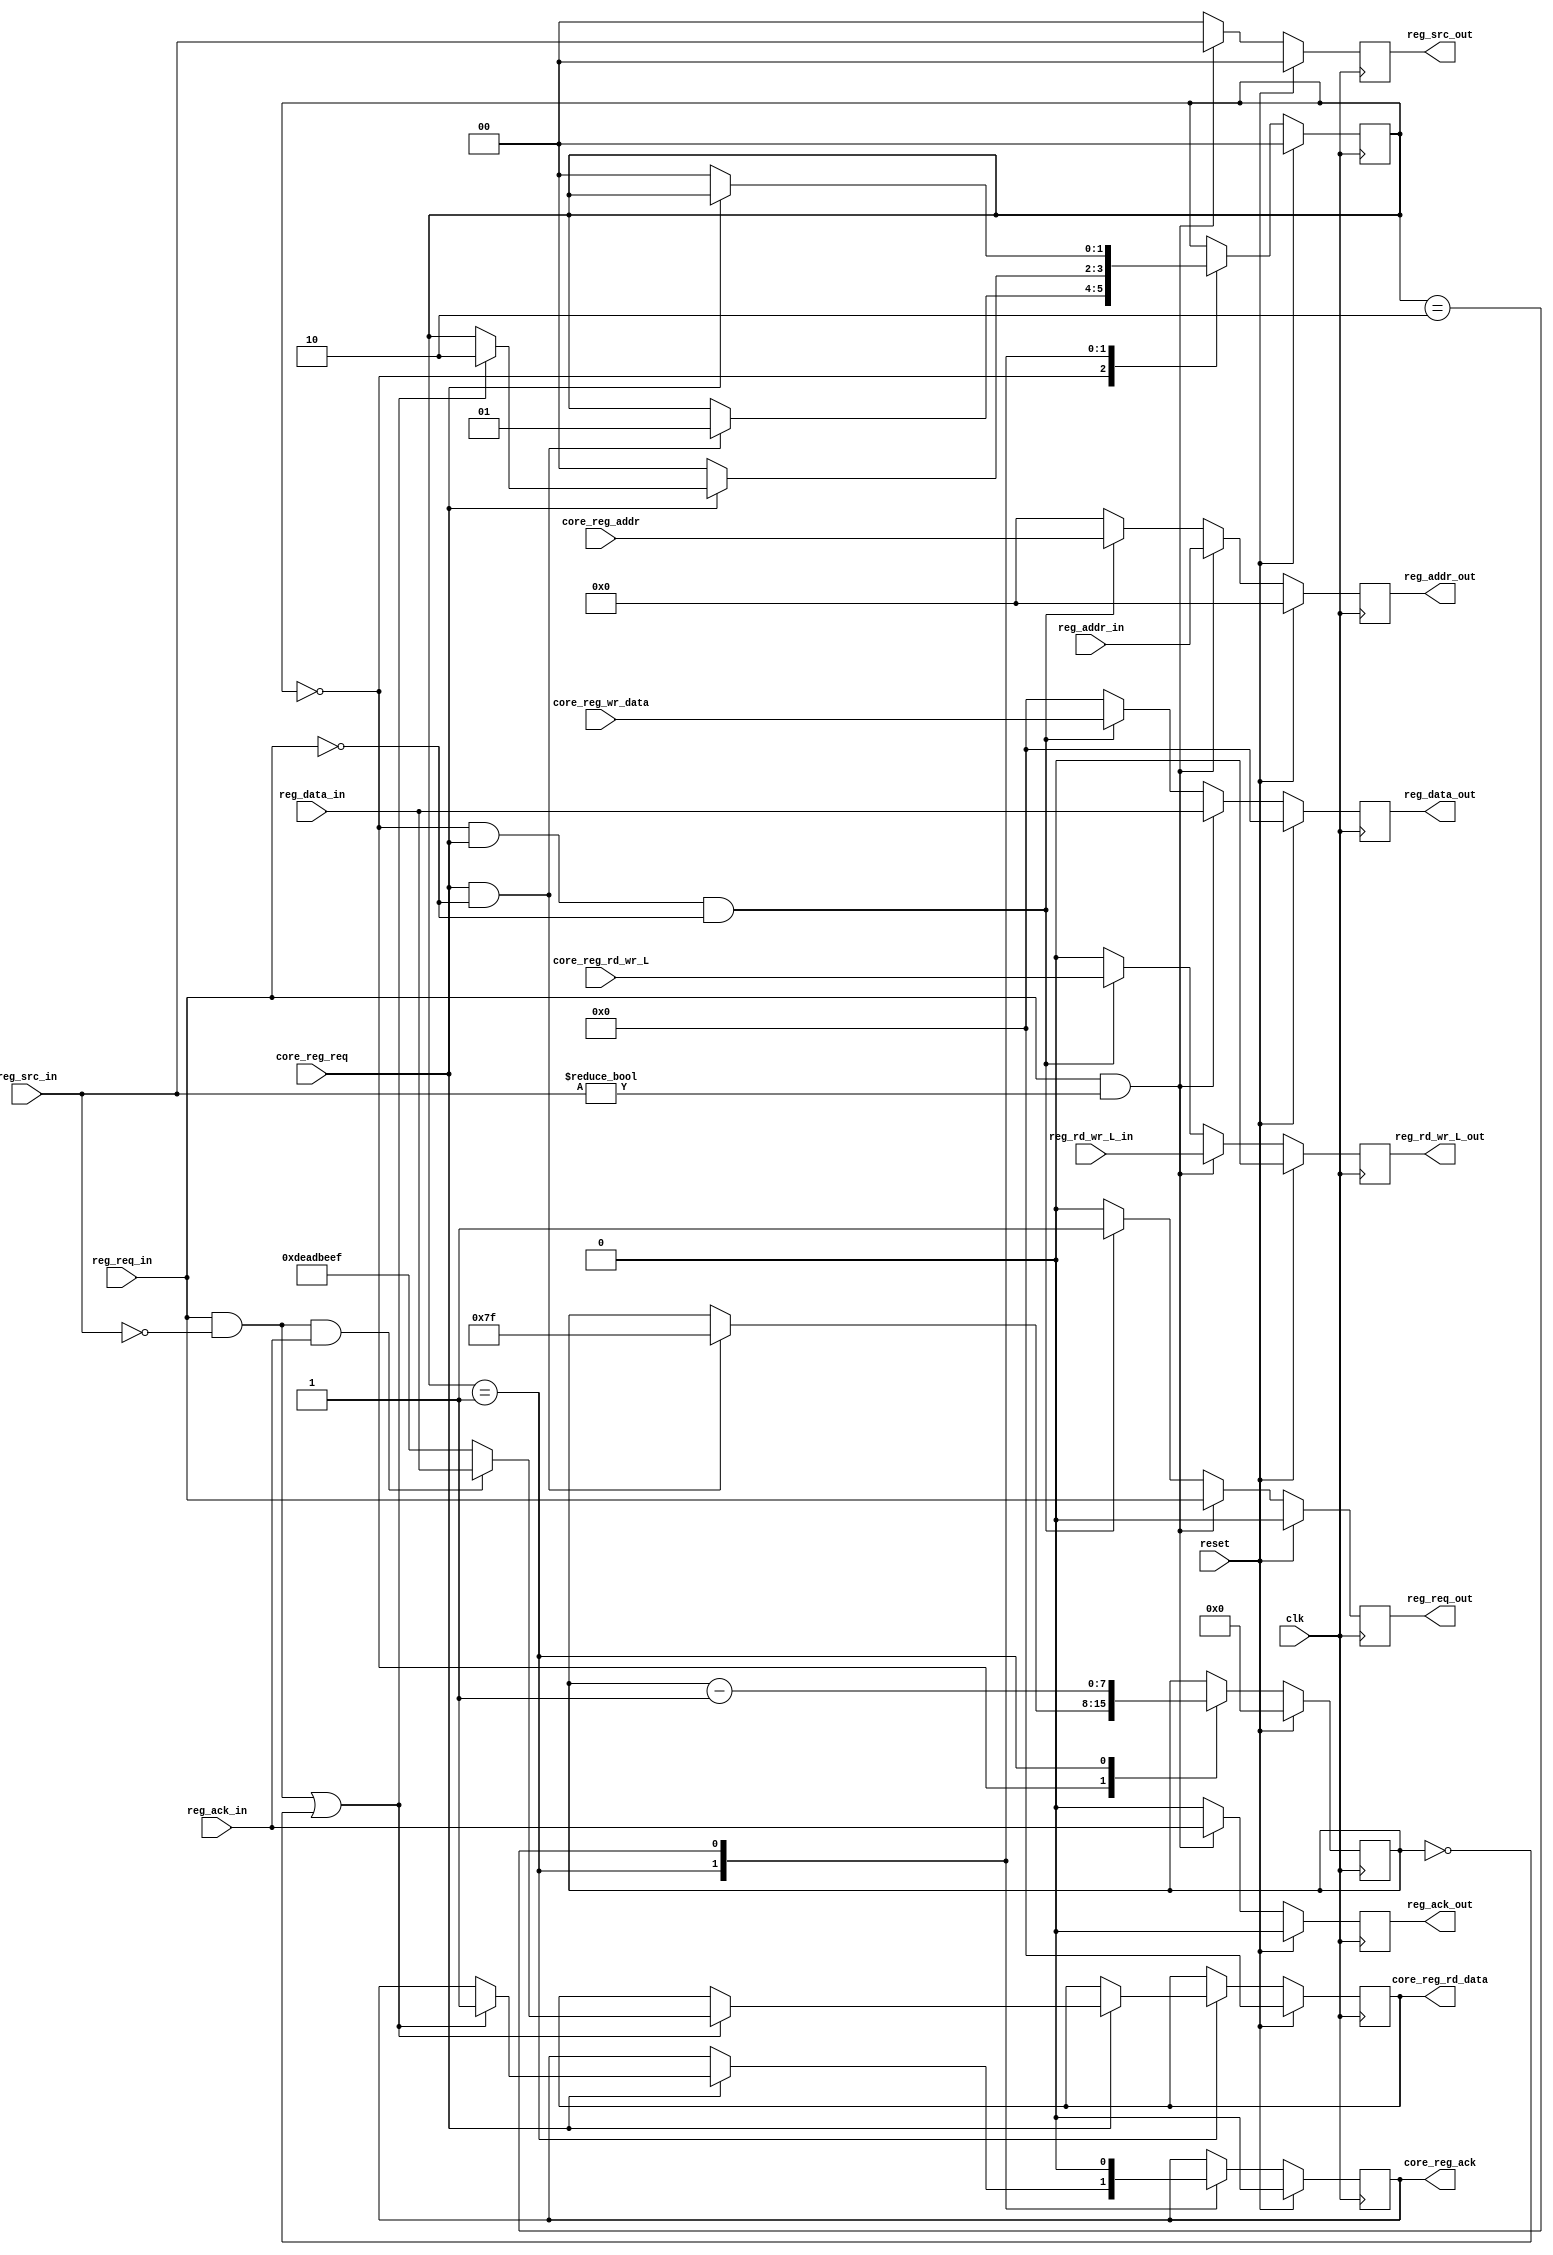
/*******************************************************************************
 *
 *  NetFPGA-10G http://www.netfpga.org
 *
 *  File:
 *        udp_reg_master.v
 *
 *  Library:
 *        contrib/pisa/pcores/nf10_axilite_rbs_bridge_v1_00_a
 *
 *  Module:
 *        udp_reg_master
 *
 *  Author:
 *        Glen Gibb
 *
 *  Description:
 *        AXI - Register Bus (NetFPGA 1G reference pipeline) conversion library.
 *
 *  Note:
 *        Set TIMEOUT_RESULT to specify the return value on timeout.
 *        This can be used to identify broken rings.
 *
 *  Result: ack_in -> data_in
 *          timeout -> TIMEOUT_RESULT
 *          loop complete && !ack_in -> deadbee
 *
 *  Copyright notice:
 *        Copyright (C) 2010, 2011 The Board of Trustees of The Leland Stanford
 *                                 Junior University
 *
 *  Licence:
 *        This file is part of the NetFPGA 10G development base package.
 *
 *        This file is free code: you can redistribute it and/or modify it under
 *        the terms of the GNU Lesser General Public License version 2.1 as
 *        published by the Free Software Foundation.
 *
 *        This package is distributed in the hope that it will be useful, but
 *        WITHOUT ANY WARRANTY; without even the implied warranty of
 *        MERCHANTABILITY or FITNESS FOR A PARTICULAR PURPOSE.  See the GNU
 *        Lesser General Public License for more details.
 *
 *        You should have received a copy of the GNU Lesser General Public
 *        License along with the NetFPGA source package.  If not, see
 *        http://www.gnu.org/licenses/.
 *
 */




///////////////////////////////////////////////////////////////////////////////
// vim:set shiftwidth=3 softtabstop=3 expandtab:
// $Id: udp_reg_master.v 1965 2007-07-18 01:24:21Z grg $
//
// Module: udp_reg_master.v
// Project: NetFPGA
// Description: User data path register master
//
// Note: Set TIMEOUT_RESULT to specify the return value on timeout.
// This can be used to identify broken rings.
//
// Result: ack_in -> data_in
//         timeout -> TIMEOUT_RESULT
//         loop complete && !ack_in -> deadbeef
//
///////////////////////////////////////////////////////////////////////////////

module udp_reg_master
   #(
      parameter SRC_ADDR = 0,
      parameter TIMEOUT = 127,
      parameter TIMEOUT_RESULT = 'h dead_beef,
      parameter UDP_REG_SRC_WIDTH = 2,
      parameter UDP_REG_ADDR_WIDTH = 23,
      parameter CPCI_NF2_DATA_WIDTH = 32
   )
   (
      // Core register interface signals
      input                                  core_reg_req,
      output reg                             core_reg_ack,
      input                                  core_reg_rd_wr_L,

      input [UDP_REG_ADDR_WIDTH - 1:0]      core_reg_addr,

      output reg [CPCI_NF2_DATA_WIDTH - 1:0]core_reg_rd_data,
      input [CPCI_NF2_DATA_WIDTH - 1:0]     core_reg_wr_data,

      // UDP register interface signals (output)
      output reg                             reg_req_out,
      output reg                             reg_ack_out,
      output reg                             reg_rd_wr_L_out,

      output reg [UDP_REG_ADDR_WIDTH - 1:0] reg_addr_out,
      output reg [CPCI_NF2_DATA_WIDTH - 1:0] reg_data_out,

      output reg [UDP_REG_SRC_WIDTH - 1:0]   reg_src_out,

      // UDP register interface signals (input)
      input                                  reg_req_in,
      input                                  reg_ack_in,
      input                                  reg_rd_wr_L_in,

      input [UDP_REG_ADDR_WIDTH - 1:0]      reg_addr_in,
      input [CPCI_NF2_DATA_WIDTH - 1:0]     reg_data_in,

      input [UDP_REG_SRC_WIDTH - 1:0]        reg_src_in,

      //
      input                                  clk,
      input                                  reset
   );

localparam WAIT         = 'd0;
localparam PROCESSING   = 'd1;
localparam DONE         = 'd2;


reg [1:0] state;
reg [7:0] count;

wire result_valid = reg_req_in && reg_src_in == SRC_ADDR;

// ==============================================
// State machine for core signals

always @(posedge clk)
begin
   if (reset) begin
      core_reg_ack <= 1'b0;
      core_reg_rd_data <= 'h0;

      state <= WAIT;

      count <= 'h0;
   end
   else begin
      case (state)
         WAIT : begin
            if (core_reg_req && !reg_req_in) begin
               state <= PROCESSING;
               count <= TIMEOUT;
            end
         end

         PROCESSING : begin
            if (!core_reg_req) begin
               state <= WAIT;
            end
            else if (result_valid || count == 'h0) begin
               state <= DONE;

               core_reg_ack <= 1'b1;
               if (result_valid && reg_ack_in)
                  core_reg_rd_data <= reg_data_in;
               else if (count == 'h0)
                  core_reg_rd_data <= TIMEOUT_RESULT;
               else
                  core_reg_rd_data <= 'h dead_beef;
            end
            count <= count - 'h1;
         end

         DONE : begin
            core_reg_ack <= 1'b0;
            if (!core_reg_req)
               state <= WAIT;
         end

         default : begin
            // synthesis translate_off
            if ($time > 3000)
               $display($time, " ERROR: invalid state: %x", state);
            // synthesis translate_on
         end
      endcase
   end
end


// ==============================================
// State machine for UDP signals

always @(posedge clk)
begin
   if (reset) begin
      reg_req_out <= 1'b0;
      reg_ack_out <= 1'b0;
      reg_rd_wr_L_out <= 1'b0;

      reg_addr_out <= 'h0;
      reg_data_out <= 'h0;

      reg_src_out <= 'h0;
   end
   else begin
      // Forward requests that aren't destined to us
      if (reg_req_in && reg_src_in != SRC_ADDR) begin
         reg_req_out <= reg_req_in;
         reg_ack_out <= reg_ack_in;
         reg_rd_wr_L_out <= reg_rd_wr_L_in;

         reg_addr_out <= reg_addr_in;
         reg_data_out <= reg_data_in;

         reg_src_out <= reg_src_in;
      end

      // Put new requests on the bus
      else if (state == WAIT && core_reg_req && !reg_req_in) begin
         reg_req_out <= 1'b1;
         reg_ack_out <= 1'b0;
         reg_rd_wr_L_out <= core_reg_rd_wr_L;

         reg_addr_out <= core_reg_addr;
         reg_data_out <= core_reg_wr_data;

         reg_src_out <= SRC_ADDR;
      end

      // Twiddle our thumbs -- nothing to do
      else begin
         reg_req_out <= 1'b0;
         reg_ack_out <= 1'b0;
         reg_rd_wr_L_out <= 1'b0;

         reg_addr_out <= 'h0;
         reg_data_out <= 'h0;

         reg_src_out <= 'h0;
      end
   end
end

endmodule // unused_reg